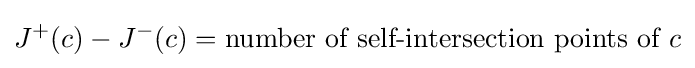
J^{+}(c)-J^{-}(c)={\text{number of self-intersection points of }}c